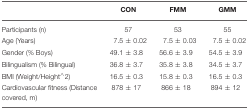
|  | CON | FMM | GMM |
 | --- | --- | --- | --- |
 | Participants (n) | 57 | 53 | 55 |
 | Age (Years) | 7.5±0.02 | 7.5±0.03 | 7.5±0.02 |
 | Gender (% Boys) | 49.1±3.8 | 56.6±3.9 | 54.5±3.9 |
 | Bilingualism (% Bilingual) | 36.8±3.7 | 35.8±3.8 | 34.5±3.7 |
 | BMI (Weight/Height∧2) | 16.5±0.3 | 15.8±0.3 | 16.5±0.3 |
 | Cardiovascular fitness (Distance covered, m) | 878±17 | 866±18 | 894±12 |